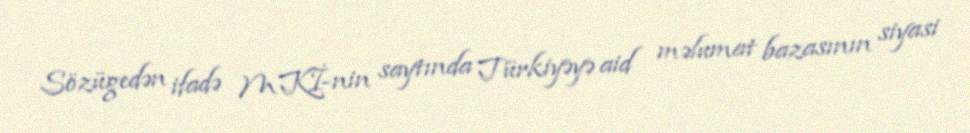
Sözügedən ifadə MKİ-nin saytında Türkiyəyə aid məlumat bazasının siyasi